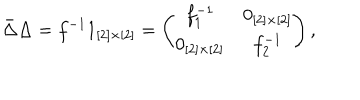
\bar { \Delta } \Delta = f ^ { - 1 } 1 _ { [ 2 ] \times [ 2 ] } = \left( \! \begin{array} { c c } { { f _ { 1 } ^ { - 1 } } } & { { 0 _ { [ 2 ] \times [ 2 ] } } } \\ { { 0 _ { [ 2 ] \times [ 2 ] } } } & { { f _ { 2 } ^ { - 1 } } } \\ \end{array} \! \right) ,